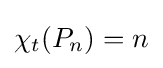
\chi _{t}(P_{n})=n